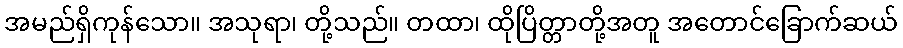
အမည်ရှိကုန်သော။ အသုရာ၊ တို့သည်။ တထာ၊ ထိုပြိတ္တာတို့အတူ အတောင်ခြောက်ဆယ်